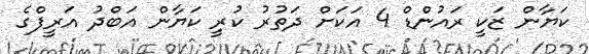
ކަޔާން ޒަކީ ރައުންޑް 4 އަކަށް ދަތުރު ކުރީ ކަޔާން އަބްދު އަރީފްގެ